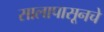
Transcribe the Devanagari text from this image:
सालापासूनचे